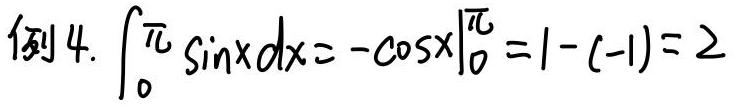
例4. $\int_{0}^{\pi} \sin x dx = -\cos x\big|_{0}^{\pi} = 1 - (-1) = 2$